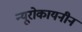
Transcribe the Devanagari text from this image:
न्यूरोकायनीन